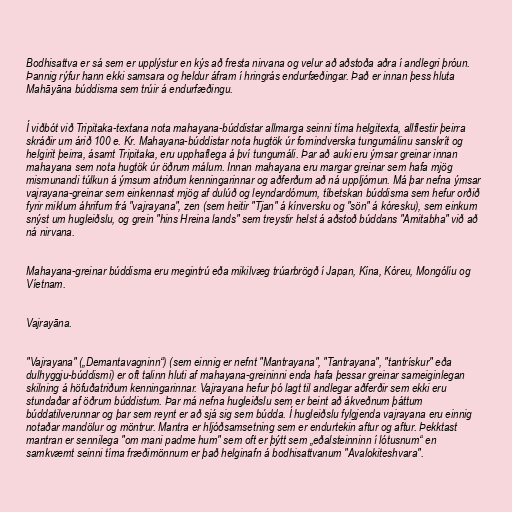
Bodhisattva er sá sem er upplýstur en kýs að fresta nirvana og velur að aðstoða aðra í andlegri þróun.
Þannig rýfur hann ekki samsara og heldur áfram í hringrás endurfæðingar. Það er innan þess hluta
Mahāyāna búddisma sem trúir á endurfæðingu.

Í viðbót við Tripitaka-textana nota mahayana-búddistar allmarga seinni tíma helgitexta, allflestir þeirra
skráðir um árið 100 e. Kr. Mahayana-búddistar nota hugtök úr fornindverska tungumálinu sanskrít og
helgirit þeirra, ásamt Tripitaka, eru upphaflega á því tungumáli. Þar að auki eru ýmsar greinar innan
mahayana sem nota hugtök úr öðrum málum. Innan mahayana eru margar greinar sem hafa mjög
mismunandi túlkun á ýmsum atriðum kenningarinnar og aðferðum að ná uppljómun. Má þar nefna ýmsar
vajrayana-greinar sem einkennast mjög af dulúð og leyndardómum, tíbetskan búddisma sem hefur orðið
fyrir miklum áhrifum frá "vajrayana", zen (sem heitir "Tjan" á kínversku og "sön" á kóresku), sem einkum
snýst um hugleiðslu, og grein "hins Hreina lands" sem treystir helst á aðstoð búddans "Amitabha" við að
ná nirvana.

Mahayana-greinar búddisma eru megintrú eða mikilvæg trúarbrögð í Japan, Kína, Kóreu, Mongólíu og
Víetnam.

Vajrayāna.

"Vajrayana" („Demantavagninn“) (sem einnig er nefnt "Mantrayana", "Tantrayana", "tantrískur" eða
dulhyggju-búddismi) er oft talinn hluti af mahayana-greininni enda hafa þessar greinar sameiginlegan
skilning á höfuðatriðum kenningarinnar. Vajrayana hefur þó lagt til andlegar aðferðir sem ekki eru
stundaðar af öðrum búddistum. Þar má nefna hugleiðslu sem er beint að ákveðnum þáttum
búddatilverunnar og þar sem reynt er að sjá sig sem búdda. Í hugleiðslu fylgjenda vajrayana eru einnig
notaðar mandölur og möntrur. Mantra er hljóðsamsetning sem er endurtekin aftur og aftur. Þekktast
mantran er sennilega "om mani padme hum" sem oft er þýtt sem „eðalsteinninn í lótusnum“ en
samkvæmt seinni tíma fræðimönnum er það helginafn á bodhisattvanum "Avalokiteshvara".